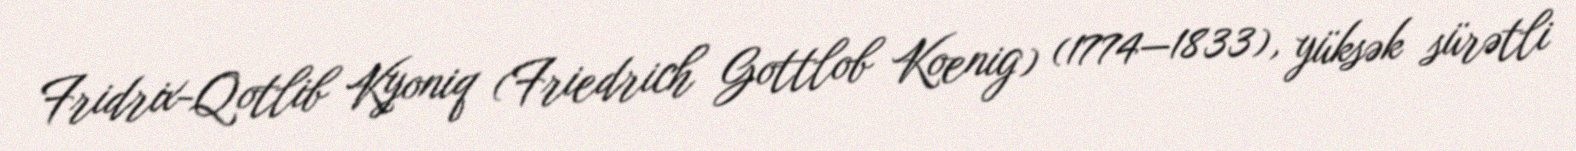
Fridrix-Qotlib Kyoniq (Friedrich Gottlob Koenig) (1774—1833), yüksək sürətli